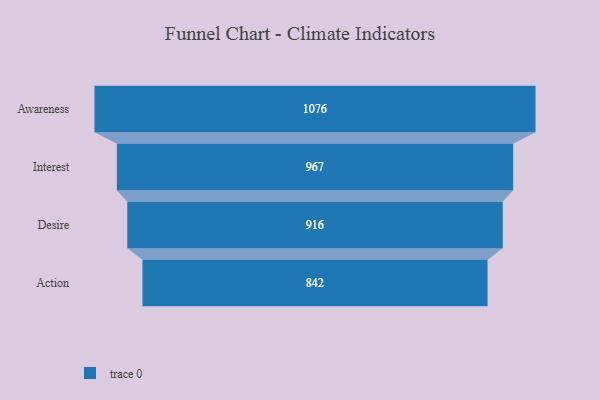
{"axis": {"x": "Stage", "y": "Value"}, "legend": [""], "data": [{"x": "Awareness", "y": 1076.0, "type": ""}, {"x": "Interest", "y": 967.0, "type": ""}, {"x": "Desire", "y": 916.0, "type": ""}, {"x": "Action", "y": 842.0, "type": ""}]}